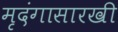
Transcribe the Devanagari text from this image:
मृदंगासारखी